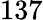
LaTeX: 137